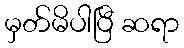
မှတ်မိပါပြီ ဆရာ